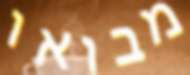
מבואו